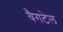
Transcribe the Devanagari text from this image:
वैगटेल